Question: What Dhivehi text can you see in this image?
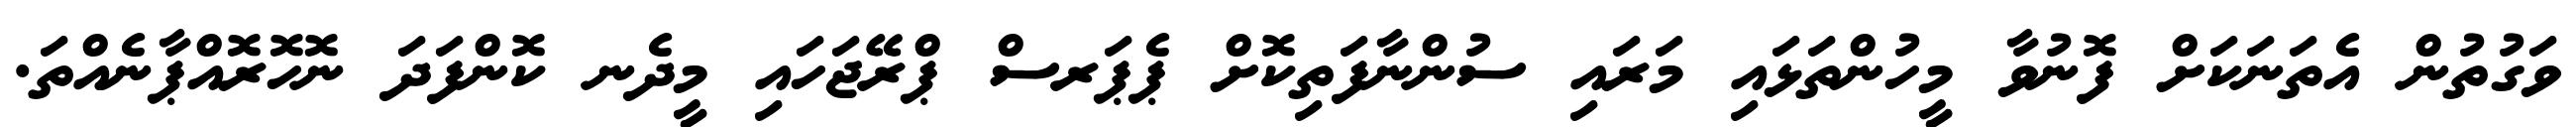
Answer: ވަގުތުން އެތަނަކަށް ފޮނުވާ މީހުންތަޅައި މަރައި ސުންނާފަތިކޮށް ޕެޕަރސް ޕްރޭޖަހައި މީދެނ ކޮންފަދަ ނޮހޮރޮއްޕާނެއްތަ.